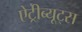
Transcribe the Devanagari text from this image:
ऐट्रीब्यूट्स